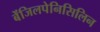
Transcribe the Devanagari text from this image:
बेंजिलपेनिसिलिन